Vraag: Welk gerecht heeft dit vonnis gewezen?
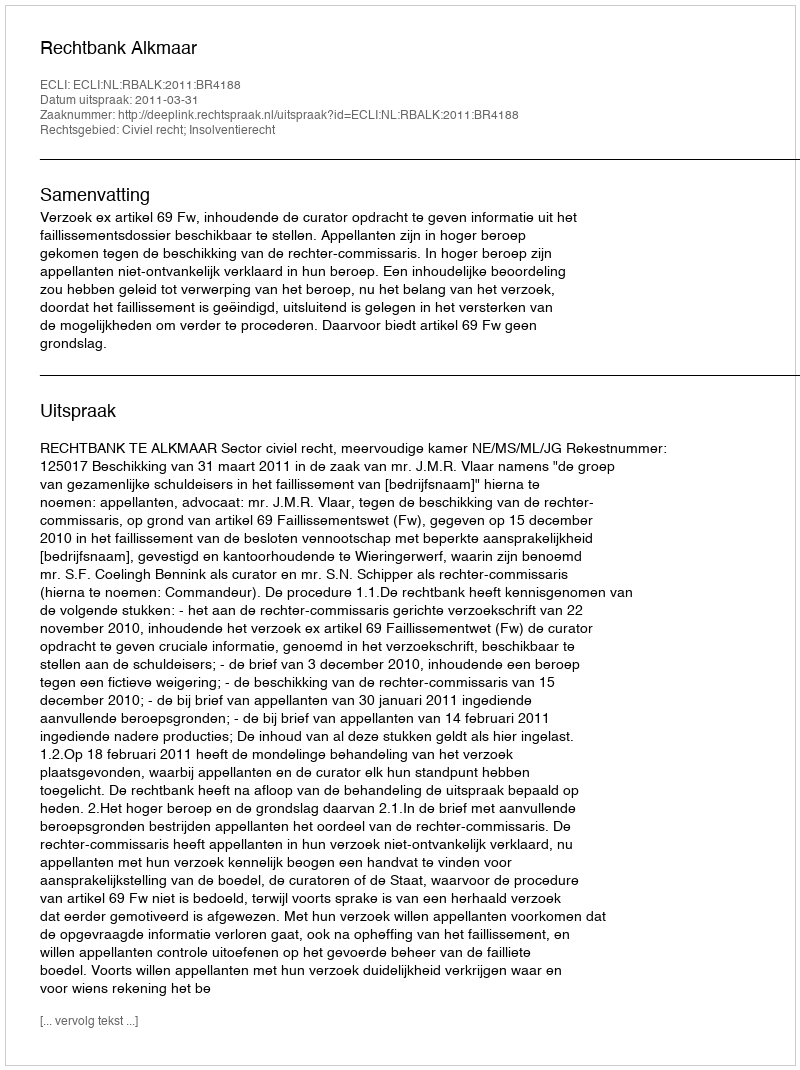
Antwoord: Rechtbank Alkmaar